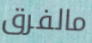
مالفرق